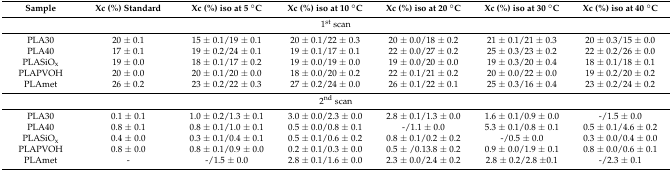
<table><thead><tr><td><b>Sample</b></td><td><b>Xc (%) Standard</b></td><td><b>Xc (%) iso at 5 °C</b></td><td><b>Xc (%) iso at 10 °C</b></td><td><b>Xc (%) iso at 20 °C</b></td><td><b>Xc (%) iso at 30 °C</b></td><td><b>Xc (%) iso at 40 °C</b></td></tr></thead><tbody><tr><td colspan="7">1<sup>st</sup> scan</td></tr><tr><td>PLA30</td><td>20 ± 0.1</td><td>15 ± 0.1/19 ± 0.1</td><td>20 ± 0.1/22 ± 0.3</td><td>20 ± 0.0/18 ± 0.2</td><td>21 ± 0.1/21 ± 0.3</td><td>20 ± 0.3/15 ± 0.0</td></tr><tr><td>PLA40</td><td>17 ± 0.1</td><td>19 ± 0.2/24 ± 0.1</td><td>19 ± 0.1/17 ± 0.1</td><td>22 ± 0.0/27 ± 0.2</td><td>25 ± 0.3/23 ± 0.2</td><td>22 ± 0.2/26 ± 0.0</td></tr><tr><td>PLASiO<sub>x</sub></td><td>19 ± 0.0</td><td>18 ± 0.1/17 ± 0.2</td><td>19 ± 0.0/19 ± 0.0</td><td>19 ± 0.0/20 ± 0.0</td><td>19 ± 0.3/20 ± 0.4</td><td>18 ± 0.1/18 ± 0.1</td></tr><tr><td>PLAPVOH</td><td>20 ± 0.0</td><td>20 ± 0.1/20 ± 0.0</td><td>18 ± 0.0/20 ± 0.2</td><td>22 ± 0.1/21 ± 0.2</td><td>20 ± 0.0/22 ± 0.0</td><td>19 ± 0.2/20 ± 0.2</td></tr><tr><td>PLAmet</td><td>26 ± 0.2</td><td>23 ± 0.2/22 ± 0.3</td><td>27 ± 0.2/24 ± 0.0</td><td>26 ± 0.1/22 ± 0.1</td><td>25 ± 0.3/16 ± 0.4</td><td>23 ± 0.2/24 ± 0.2</td></tr><tr><td colspan="7">2<sup>nd</sup> scan</td></tr><tr><td>PLA30</td><td>0.1 ± 0.1</td><td>1.0 ± 0.2/1.3 ± 0.1</td><td>3.0 ± 0.0/2.3 ± 0.0</td><td>2.8 ± 0.1/1.3 ± 0.0</td><td>1.6 ± 0.1/0.9 ± 0.0</td><td>-/1.5 ± 0.0</td></tr><tr><td>PLA40</td><td>0.8 ± 0.1</td><td>0.8 ± 0.1/1.0 ± 0.1</td><td>0.5 ± 0.0/0.8 ± 0.1</td><td>-/1.1 ± 0.0</td><td>5.3 ± 0.1/0.8 ± 0.1</td><td>0.5 ± 0.1/4.6 ± 0.2</td></tr><tr><td>PLASiO<sub>x</sub></td><td>0.4 ± 0.0</td><td>0.3 ± 0.1/0.4 ± 0.1</td><td>0.5 ± 0.1/0.6 ± 0.2</td><td>0.8 ± 0.1/0.2 ± 0.2</td><td>-/0.5 ± 0.0</td><td>0.3 ± 0.0/0.4 ± 0.0</td></tr><tr><td>PLAPVOH</td><td>0.8 ± 0.0</td><td>0.8 ± 0.1/0.9 ± 0.0</td><td>0.2 ± 0.1/0.3 ± 0.0</td><td>0.5 ± /0.13.8 ± 0.2</td><td>0.9 ± 0.0/1.9 ± 0.1</td><td>0.8 ± 0.0/0.6 ± 0.1</td></tr><tr><td>PLAmet</td><td>-</td><td>-/1.5 ± 0.0</td><td>2.8 ± 0.1/1.6 ± 0.0</td><td>2.3 ± 0.0/2.4 ± 0.2</td><td>2.8 ± 0.2/2.8 ±0.1</td><td>-/2.3 ± 0.1</td></tr></tbody></table>